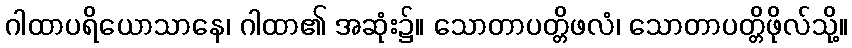
ဂါထာပရိယောသာနေ၊ ဂါထာ၏ အဆုံး၌။ သောတာပတ္တိဖလံ၊ သောတာပတ္တိဖိုလ်သို့။